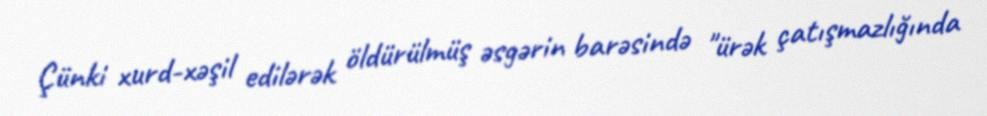
Çünki xurd-xəşil edilərək öldürülmüş əsgərin barəsində "ürək çatışmazlığında